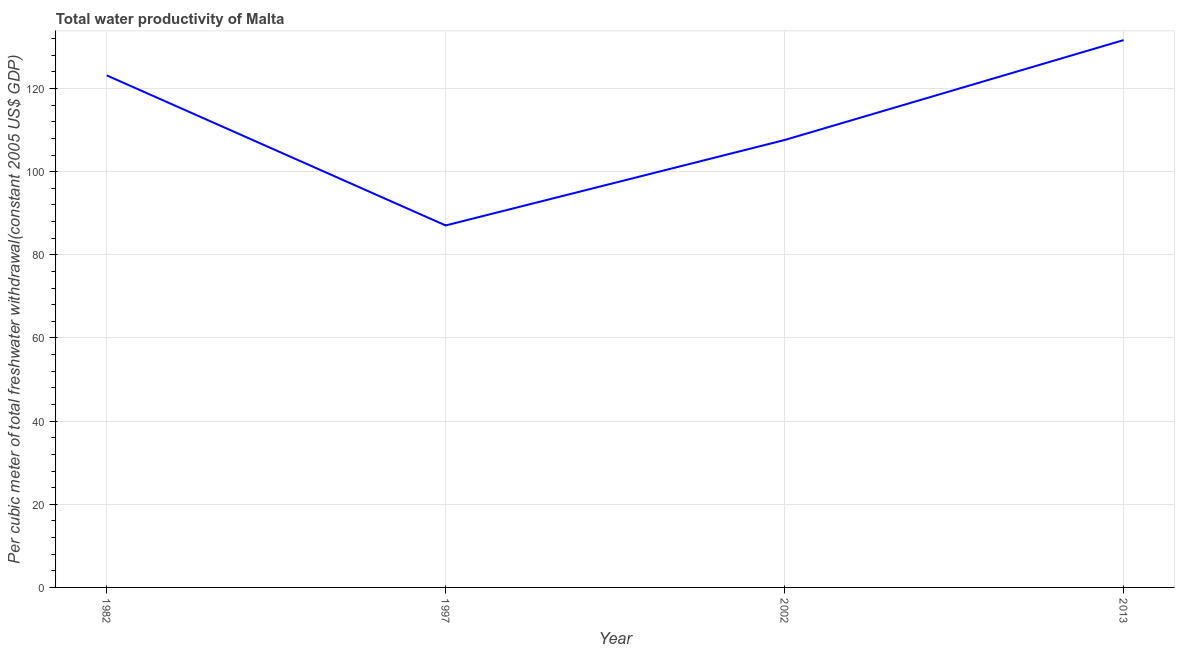
| Year | Water productivity |
 | --- | --- |
 | 1982 | 123 |
 | 1997 | 87.1 |
 | 2002 | 108 |
 | 2013 | 132 |